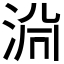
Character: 𱦤